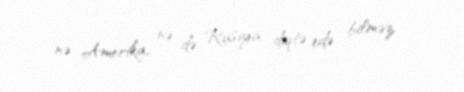
nə Amerika, nə də Rusiya diqtə edə bilməz.